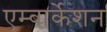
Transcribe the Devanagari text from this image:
एम्बार्केशन